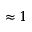
\approx 1